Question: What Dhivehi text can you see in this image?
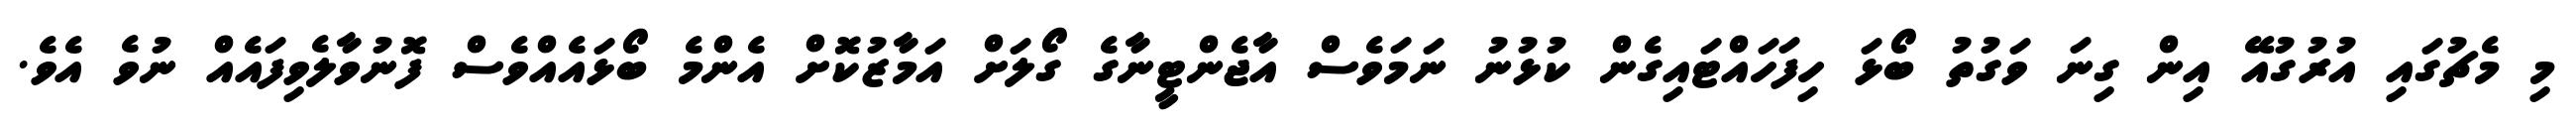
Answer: މި މެޗުގައި އުރުގުއޭ އިން ގިނަ ވަގުތު ބޯޅަ ހިފަހައްޓައިގެން ކުޅުނު ނަމަވެސް އާޖެންޓީނާގެ ގޯލަށް އަމާޒުކޮށް އެންމެ ބޯޅައެއްވެސް ފޮނުވާލެވިފައެއް ނުވެ އެވެ.